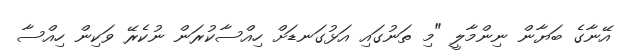
އޭނާގެ ބަޔާން ނިންމާލީ "މި ތަނުގައި އަޅުގަނޑަށް ހިއްސާކުރަން ނުކެރޭ ވަކިން ހިއްސާ